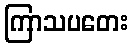
ကြာသပတေး